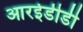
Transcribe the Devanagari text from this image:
आरईडीडी